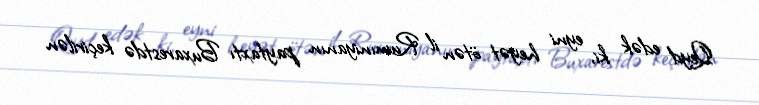
Qeyd edək ki, eyni heyət ötən il Rumıniyanın paytaxtı Buxarestdə keçirilən